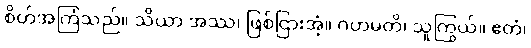
စိတ်အကြံသည်။ သိယာ အဿ၊ ဖြစ်ငြားအံ့။ ဂဟမတိ၊ သူကြွယ်။ ဧတံ၊